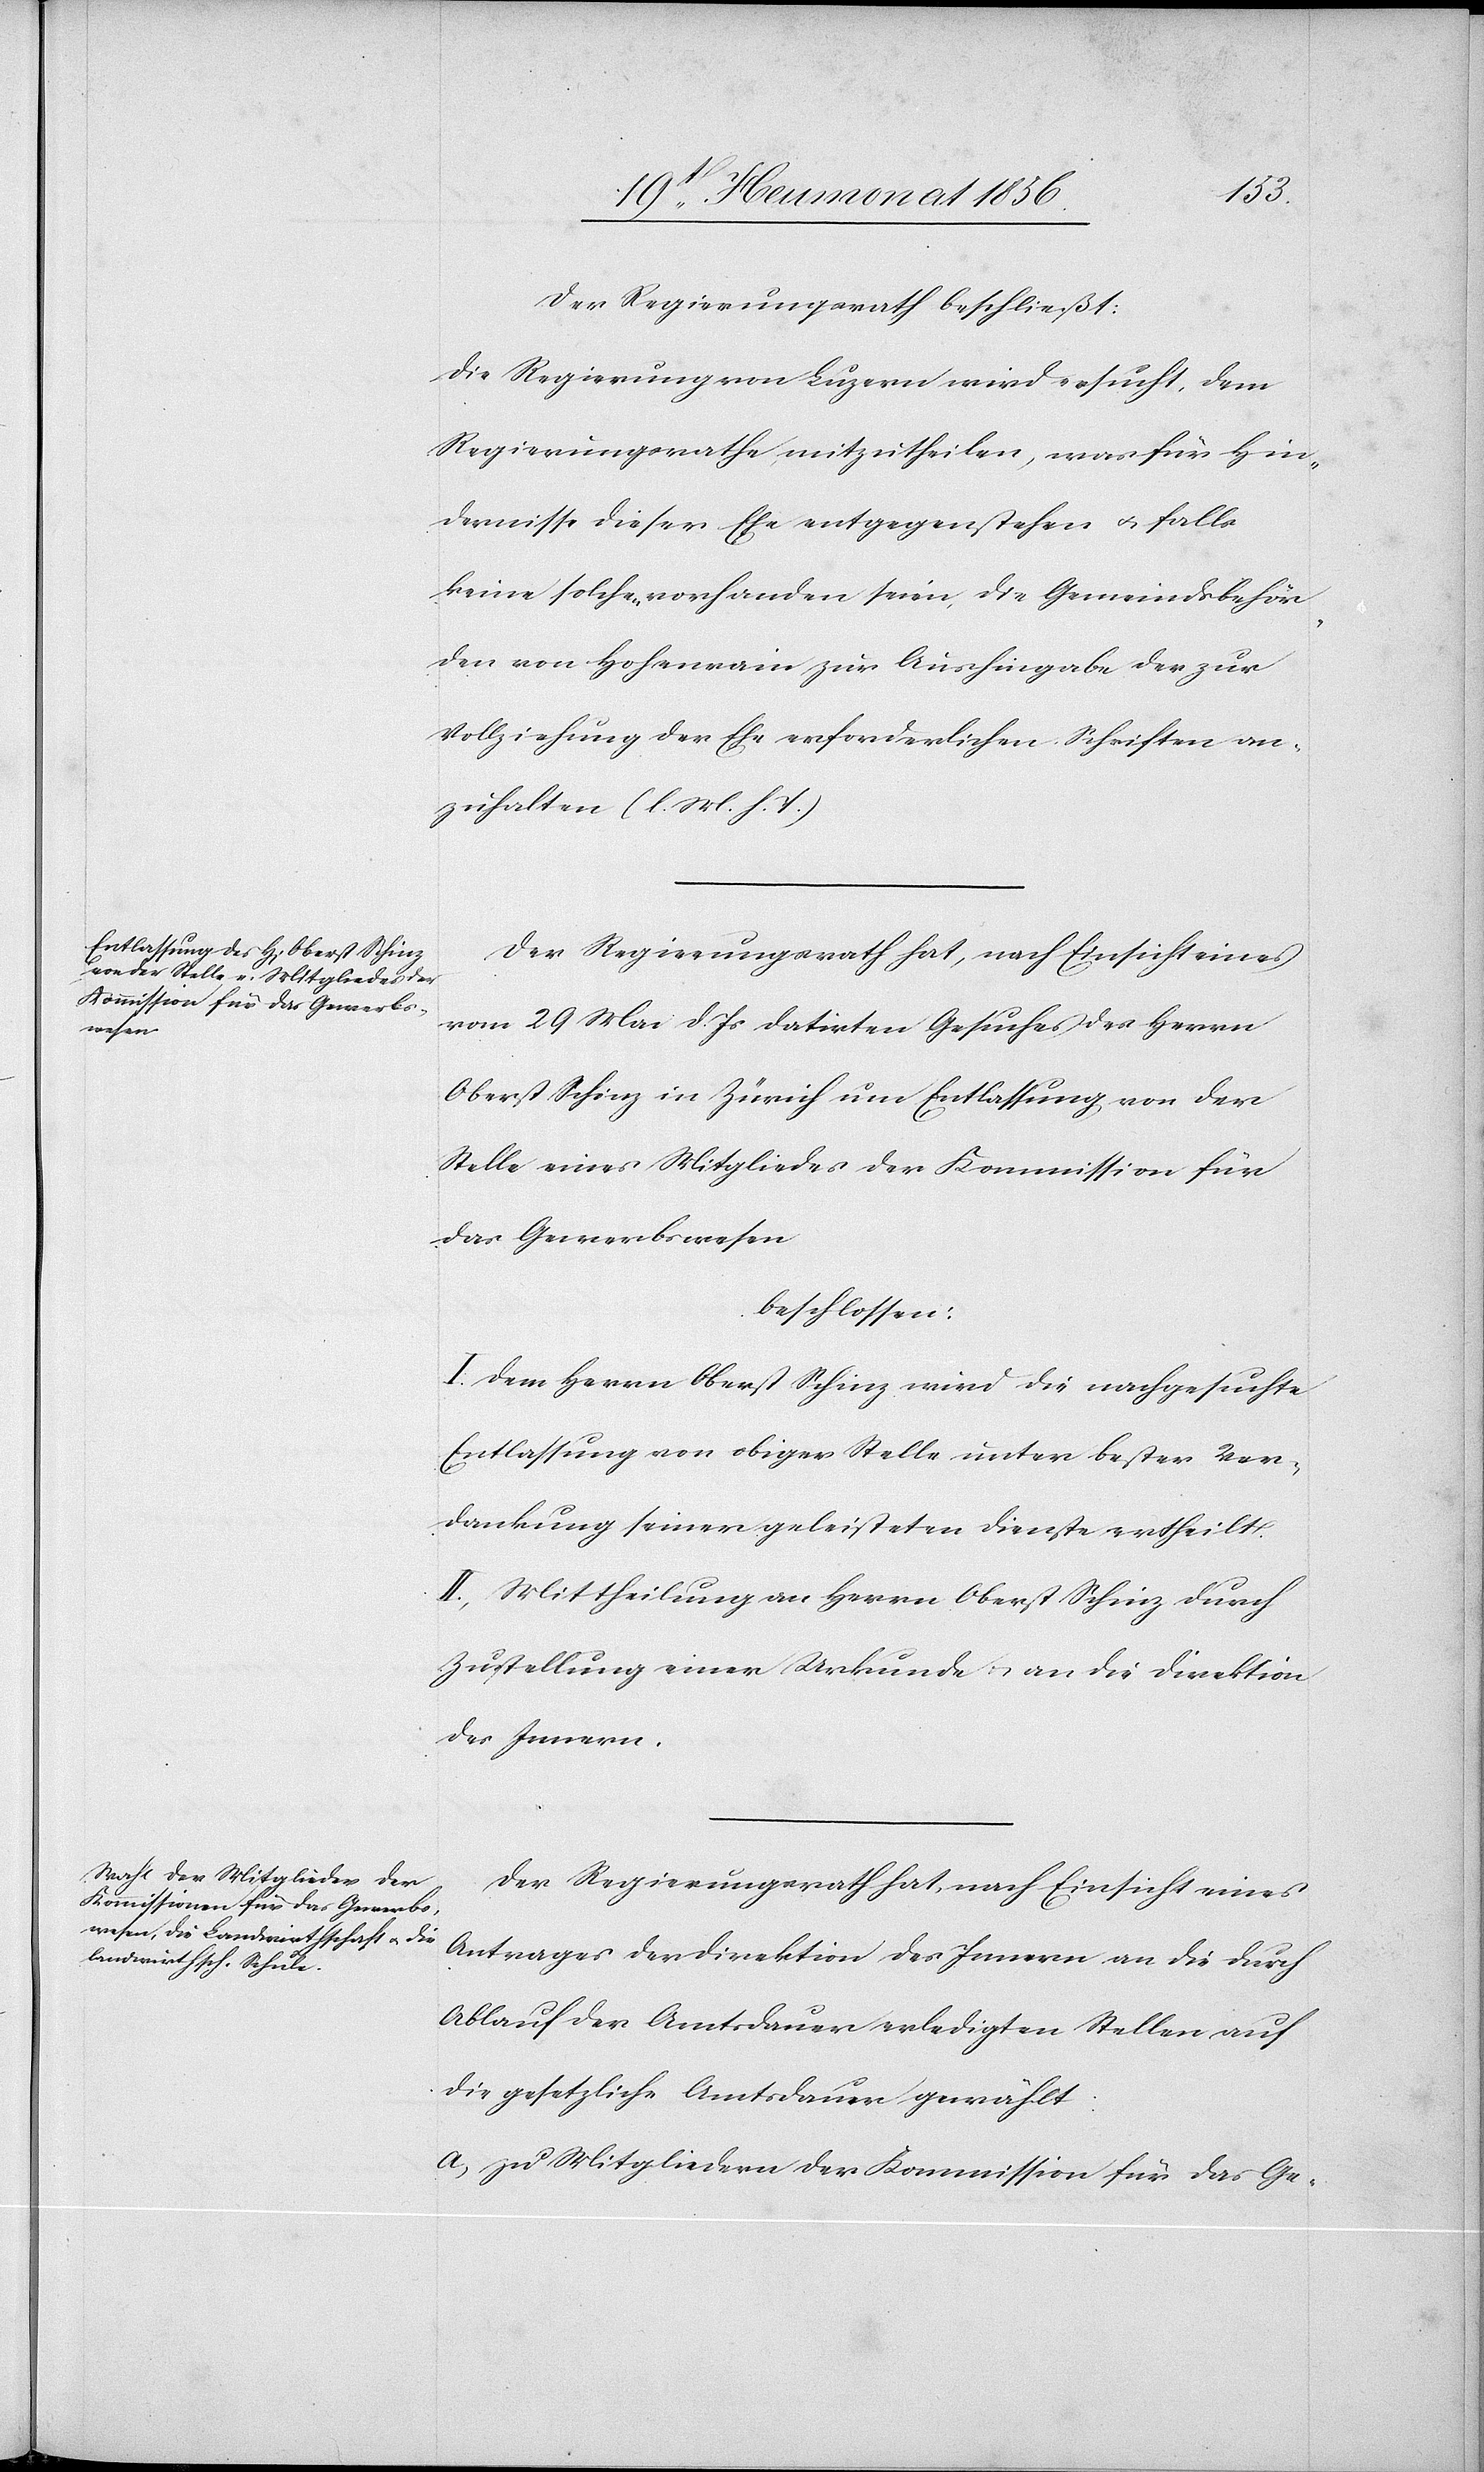
Der Regierungsrath beschließt:
Die Regierung von Luzern wird ersucht, dem
Regierungsrathe mitzutheilen, was für Hin¬
dernisse dieser Ehe entgegenstehen u. falls
keine solchen vorhanden seien, die Gemeindsbehör¬
den von Hohenrain zur Aushingabe der zur
Vollziehung der Ehe erforderlichen Schriften an¬
zuhalten (l. M. h. T.)
Der Regierungsrath hat, nach Einsicht eines
vom 29 Mai d. Js datirten Gesuches des Herrn
Oberst Schinz in Zürich um Entlassung von der
Stelle eines Mitgliedes der Kommission für
das Gewerbswesen
beschlossen:
I. Dem Herrn Oberst Schinz wird die nachgesuchte
Entlassung von obiger Stelle unter bester Ver¬
dankung seiner geleisteten Dienste ertheilt.
II. Mittheilung an Herrn Oberst Schinz durch
Zustellung einer Urkunde u. an die Direktion
des Innern.
Der Regierungsrath hat, nach Einsicht eines
Antrages der Direktion des Innern an die durch
Ablauf der Amtsdauer erledigten Stellen auf
die gesetzliche Amtsdauer gewählt:
a) zu Mitgliedern der Kommission für das Ge-